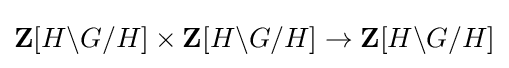
\mathbf {Z} [H\backslash G/H]\times \mathbf {Z} [H\backslash G/H]\to \mathbf {Z} [H\backslash G/H]